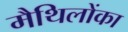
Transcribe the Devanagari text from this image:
मैथिलोंका